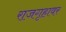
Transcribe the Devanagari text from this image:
राजगृहावर